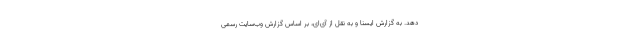
دهد. به گزارش ایسنا و به نقل از آی‌ای، بر اساس گزارش وب‌سایت رسمی